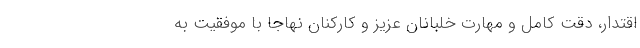
اقتدار، دقت کامل و مهارت خلبانان عزیز و کارکنان نهاجا با موفقیت به